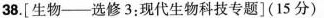
38.[生物--选修3：现代生物科技专题](15分)